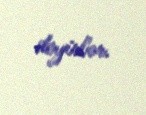
deyirlər.